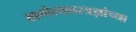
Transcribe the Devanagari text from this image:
खगोलशास्त्रज्ञांच्या